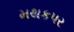
મથકપર